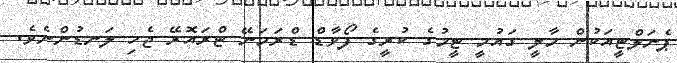
ޕެނަލްޓީއަކުން މާލީ ގައުމީ ޓީމުގެ ކުރީގެ ފޯވާޑް ޑްރަމަނޭ ޓްރައޮރޭ ޖެހި ލަނޑުންނެވެ.